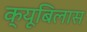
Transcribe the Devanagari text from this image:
क्यूबिलास